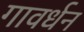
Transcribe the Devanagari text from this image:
गावर्धन